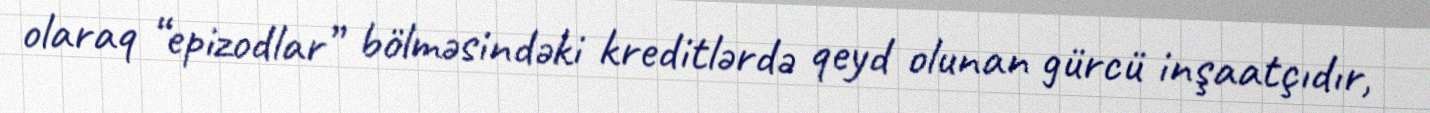
olaraq “epizodlar” bölməsindəki kreditlərdə qeyd olunan gürcü inşaatçıdır,